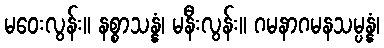
မဝေးလွန်း။ နစ္စာသန္နံ၊ မနီးလွန်း။ ဂမနာဂမနသမ္ပန္နံ၊